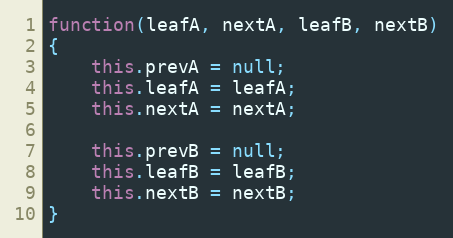
Language: JavaScript
function(leafA, nextA, leafB, nextB)
{
    this.prevA = null;
    this.leafA = leafA;
    this.nextA = nextA;

    this.prevB = null;
    this.leafB = leafB;
    this.nextB = nextB;
}